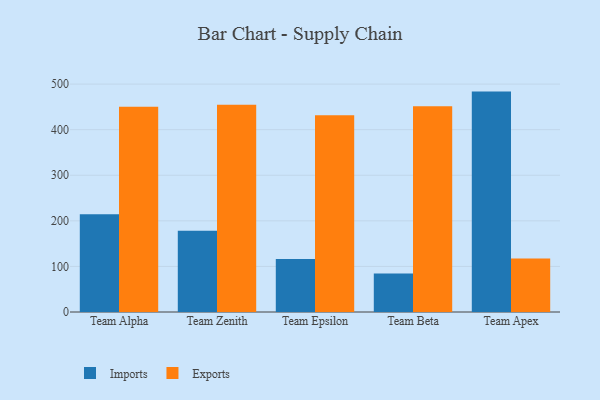
{"axis": {"x": "Team", "y": "Bounce Rate (%)"}, "legend": ["Exports", "Imports"], "data": [{"x": "Team Alpha", "y": 214.7, "type": "Imports"}, {"x": "Team Alpha", "y": 450.2, "type": "Exports"}, {"x": "Team Zenith", "y": 178.3, "type": "Imports"}, {"x": "Team Zenith", "y": 454.6, "type": "Exports"}, {"x": "Team Epsilon", "y": 116.2, "type": "Imports"}, {"x": "Team Epsilon", "y": 431.4, "type": "Exports"}, {"x": "Team Beta", "y": 84.7, "type": "Imports"}, {"x": "Team Beta", "y": 451.4, "type": "Exports"}, {"x": "Team Apex", "y": 483.5, "type": "Imports"}, {"x": "Team Apex", "y": 117.6, "type": "Exports"}]}